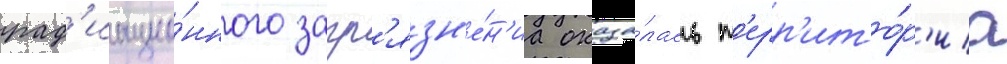
рад'иацио́нного загр'язн'е́н'иа оказа́лась т'ерр'ито́р'иа